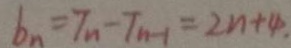
b _ { n } = T n - T _ { n - 1 } = 2 n + 4 .